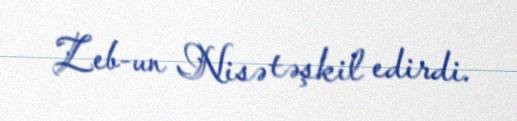
Zeb-un Nisə təşkil edirdi.